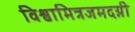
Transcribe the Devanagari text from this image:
विश्वामित्रजमदग्नी